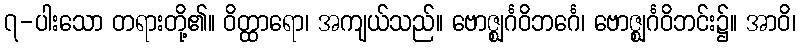
၇-ပါးသော တရားတို့၏။ ဝိတ္ထာရော၊ အကျယ်သည်။ ဗောဇ္ဈင်္ဂဝိဘင်္ဂေ၊ ဗောဇ္ဈင်္ဂဝိဘင်း၌။ အာဝိ၊